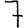
Digit: 7